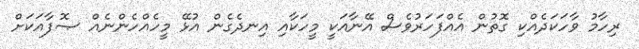
ރިހާމު ވާހަކަދެއްކި ގޮތުން އެއްފަހަރުވެސް އޭނާއަކީ މީހަކާއި އިނދެގެން އުޅޭ މީހެއްހެންނެއް ޞޮފާއަކަށް